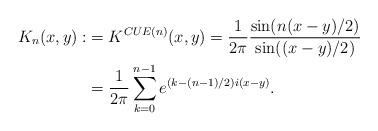
LaTeX: \begin{align*}K_n(x,y):&=K^{CUE(n)}(x,y)=\dfrac{1}{2\pi}\dfrac{\sin (n(x-y)/2)}{\sin ((x-y)/2)}\\&=\dfrac{1}{2\pi}\sum\limits_{k=0}^{n-1}e^{(k-(n-1)/2)i(x-y)}.\end{align*}